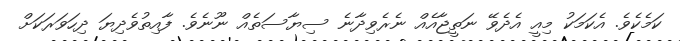
ކަމެކެވެ. އެކަމަކު މިއީ އެދެވޭ ނަތީޖާއެއް ނެރެވިދާނެ ސިޔާސަތެއް ނޫނެވެ. ފާއިތުވެދިޔަ ދިހަވަރަކަށް